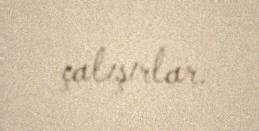
çalışırlar.